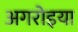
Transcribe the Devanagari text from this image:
अगरोइया